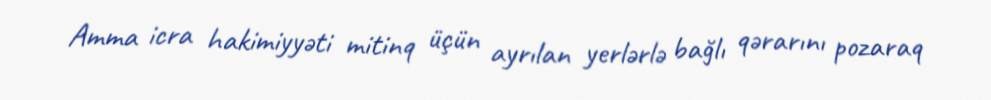
Amma icra hakimiyyəti mitinq üçün ayrılan yerlərlə bağlı qərarını pozaraq